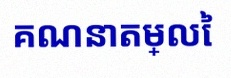
គណនាតម្លៃ